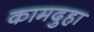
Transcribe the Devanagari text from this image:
कामदुहा